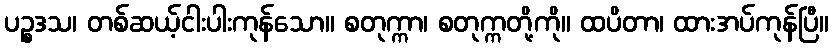
ပဉ္စဒသ၊ တစ်ဆယ့်ငါးပါးကုန်သော။ စတုက္ကာ၊ စတုက္ကတို့ကို။ ထပိတာ၊ ထားအပ်ကုန်ပြီ။